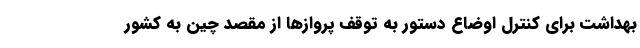
بهداشت برای کنترل اوضاع دستور به توقف پروازها از مقصد چین به کشور